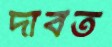
দাবত